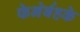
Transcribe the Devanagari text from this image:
फेनेर्बहके